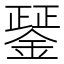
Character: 𨪱